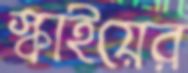
স্কাইয়ের